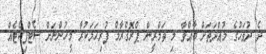
ދެ ދުވަހުގެ މުއްދަތަށް ބާއްވާ މި ތަމްރީން ޕްރޮގްރާމް ފުރިހަމަކުރާ މީހުންނަށް ސެޓްފިކެޓެއް